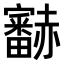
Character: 𧺁